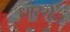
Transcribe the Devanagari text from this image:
धारसेन